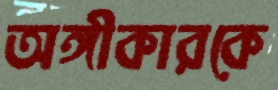
অঙ্গীকারকে